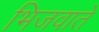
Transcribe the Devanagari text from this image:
भिजवाते